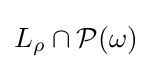
L_{\rho }\cap {\mathcal {P}}(\omega )